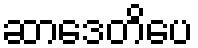
ဆာဒေတိပေ